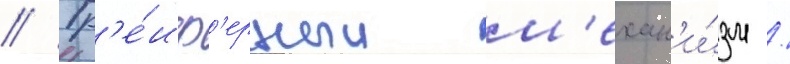
// Гр'е́иф'ерныи м'ехан'и́зм /